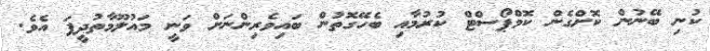
ކުނި ބޭނުން ކޮށްގެން ކޮމްޕޯސްޓް ކުރުމާއި ބެހޭގޮތުން ބައިވެރިންނަށް ވަނީ މައުލޫމާތުދީފަ އެވެ.